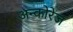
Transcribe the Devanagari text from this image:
अन्कोरेज